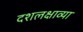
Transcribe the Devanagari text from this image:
दशलक्षाव्या